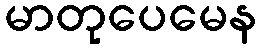
မာတုပေမေန